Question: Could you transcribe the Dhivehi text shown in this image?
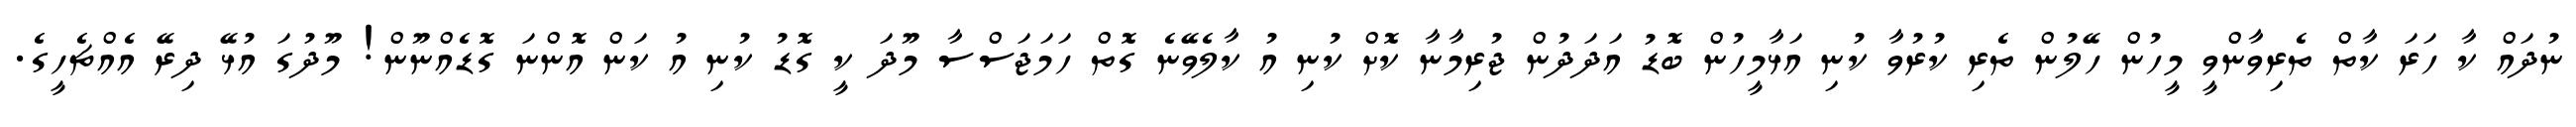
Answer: ނުދައް ކާ ހަރަ ކާތް ތެރިވާންވީ މީހުން ހޭލުން ތެރި ކުރުވާ ކުނި އަޅާމީހުން ބޮޑު އަދަދުން ޖުރިމާނާ ކޮށް ކުނި އު ކާލެވޭނެ ގޮތް ހަމަޖަސްސާ މޫދަ ކީ ގޮޑު ކުނި އު ކަން އޮންނަ ގޮޑެއްނޫން! މޫދުގަ އުޅޭ ދިރޭ އެއްޗެހީގެ.